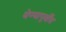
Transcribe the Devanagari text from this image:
येण्यापूर्वींच